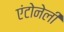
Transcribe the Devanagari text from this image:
एंटोनेली